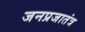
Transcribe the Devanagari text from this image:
जनप्रजातंत्र